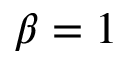
\beta = 1